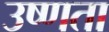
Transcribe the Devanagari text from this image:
उष्‍णता